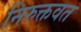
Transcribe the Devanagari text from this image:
निरुक्तवत